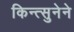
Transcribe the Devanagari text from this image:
किन्त्सुनेने